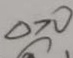
\Delta > 0